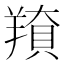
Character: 𦎳